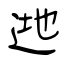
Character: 逇